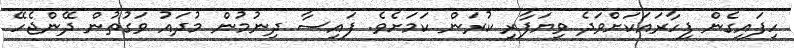
ހިފައިގެން ފިހާރައަކަށްވަދެ ވިޔަފާރި ކުރަން ކަމަށެވެ. ފައިސާ ދިނުމުން މުދައު ވަގުތުން ދޭންޖެހޭ